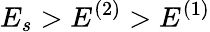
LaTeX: E_{s}>E^{(2)}>E^{(1)}